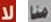
لا منا